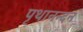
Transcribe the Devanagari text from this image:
पृथानन्दन